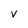
Character: v